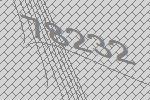
78232